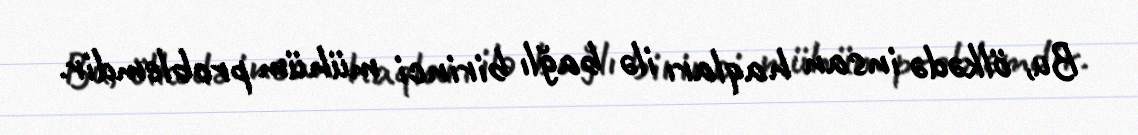
Bu, ölkədə insan haqları ilə bağlı birinci mühüm problemdir.